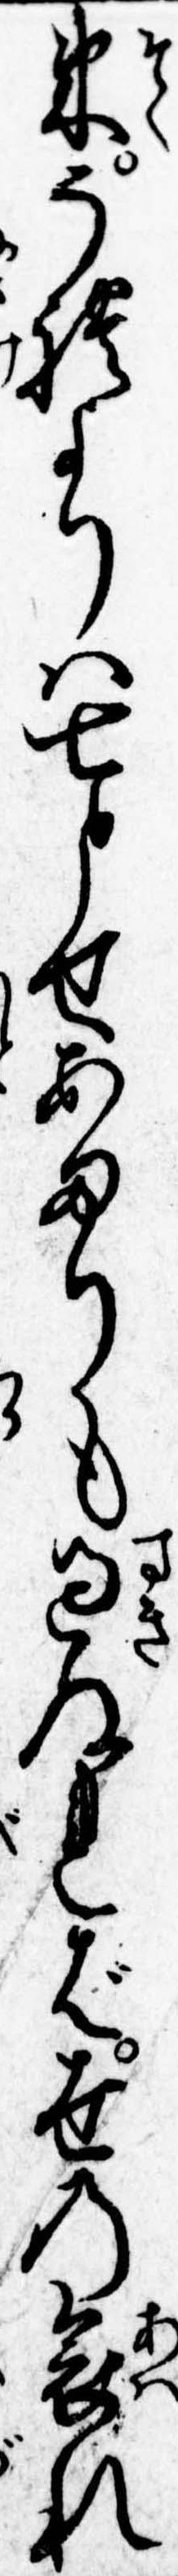
束それよりは七とせあまりも過ぬれば世の哀れ